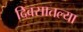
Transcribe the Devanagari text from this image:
दिवसातल्या